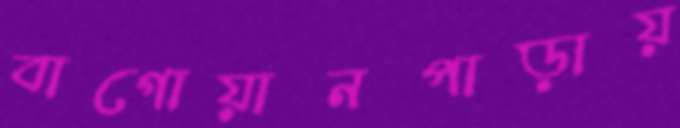
বাগোয়ানপাড়ায়